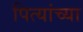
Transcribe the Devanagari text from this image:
पित्यांच्या